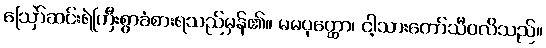
ဩော်ဆင်းရဲကြီးစွာခံစားရသည်မှန်၏။ မမပုတ္ထော၊ ငါ့သားတော်သီဝလိသည်။